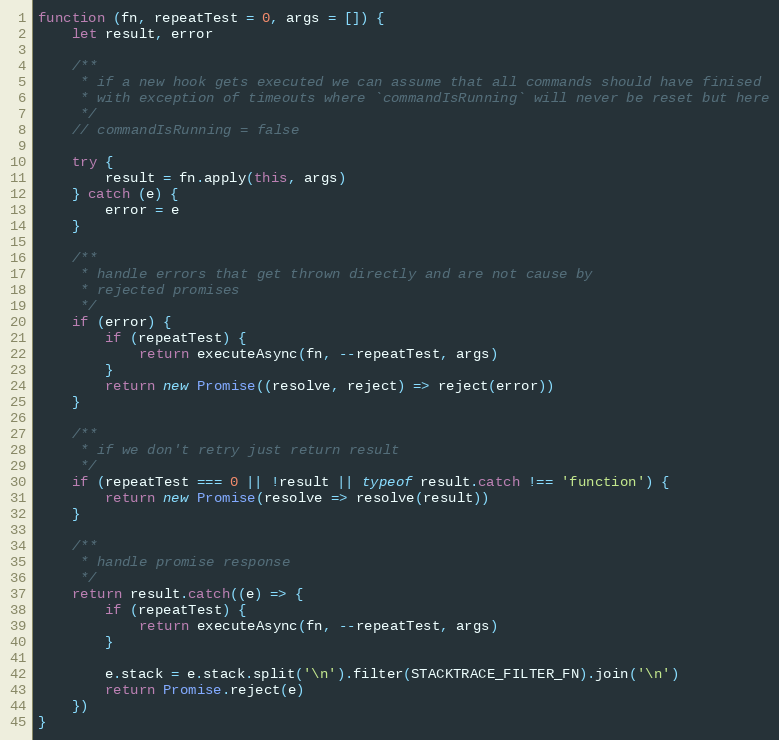
Language: JavaScript
function (fn, repeatTest = 0, args = []) {
    let result, error

    /**
     * if a new hook gets executed we can assume that all commands should have finised
     * with exception of timeouts where `commandIsRunning` will never be reset but here
     */
    // commandIsRunning = false

    try {
        result = fn.apply(this, args)
    } catch (e) {
        error = e
    }

    /**
     * handle errors that get thrown directly and are not cause by
     * rejected promises
     */
    if (error) {
        if (repeatTest) {
            return executeAsync(fn, --repeatTest, args)
        }
        return new Promise((resolve, reject) => reject(error))
    }

    /**
     * if we don't retry just return result
     */
    if (repeatTest === 0 || !result || typeof result.catch !== 'function') {
        return new Promise(resolve => resolve(result))
    }

    /**
     * handle promise response
     */
    return result.catch((e) => {
        if (repeatTest) {
            return executeAsync(fn, --repeatTest, args)
        }

        e.stack = e.stack.split('\n').filter(STACKTRACE_FILTER_FN).join('\n')
        return Promise.reject(e)
    })
}